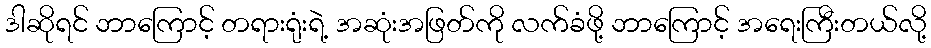
ဒါဆိုရင် ဘာကြောင့် တရားရုံးရဲ့ အဆုံးအဖြတ်ကို လက်ခံဖို့ ဘာကြောင့် အရေးကြီးတယ်လို့